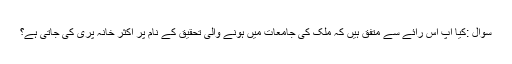
سوال :کیا آپ اس رائے سے متفق ہیں کہ ملک کی جامعات میں ہونے والی تحقیق کے نام پر اکثر خانہ پری کی جاتی ہے؟